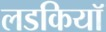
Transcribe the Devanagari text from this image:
लडकियॉ